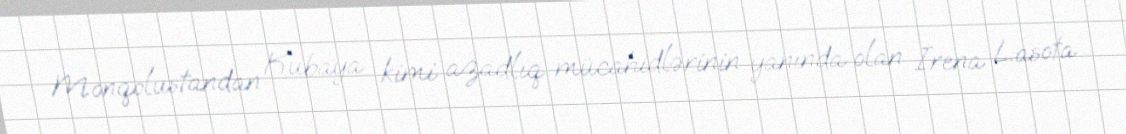
Monqolustandan Kubaya kimi azadlıq mücahidlərinin yanında olan İrena Lasota